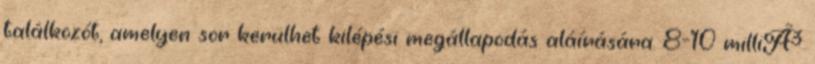
találkozót, amelyen sor kerülhet kilépési megállapodás aláírására. 8-10 milliÃ³